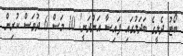
ބޯޓު ދެލީގެ ބަދަލުގައި ފައިސާ އަންދަނީ! 10 މަސް 6 ދުވަސް ކުރިން